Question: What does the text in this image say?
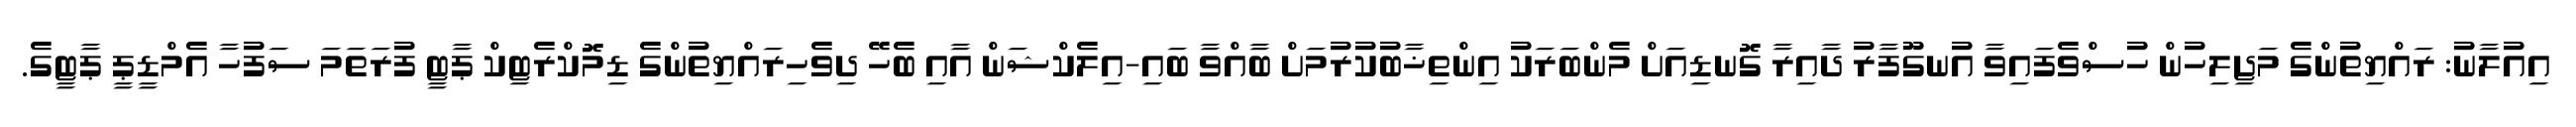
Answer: އިއުލާނު: ރައްޔިތުންގެ މަޖިލިހުން ހުސްވެފައިވާ އުނގޫފާރު ދާއިރާ ގޮނޑިއަށް މެންބަރަކު އިންތިޚާބުކުރުމަށް ބާއްވާ ބައި-އިލެކްޝަން އާއި ބެހޭ ދިވެހިރައްޔިތުންގެ ޑިމޮކްރެޓިކް ޕާޓީ ފުރަތަމަ ސަފުހާ އެމްޑީޕީ ޕާޓީގެ.